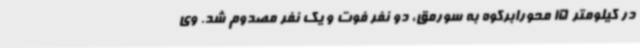
در کیلومتر 15 محورابرکوه به سورمق، دو نفر فوت و یک نفر مصدوم شد. وی